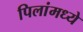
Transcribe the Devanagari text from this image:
पिलांमध्ये